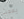
يحدث